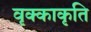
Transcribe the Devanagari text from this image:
वृक्काकृति